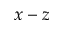
x - z